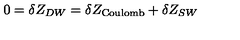
0 = \delta Z _ { D W } = \delta Z _ { \mathrm { C o u l o m b } } + \delta Z _ { S W }